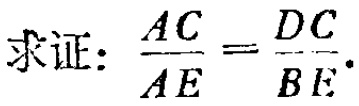
求证：\(\frac{AC}{AE}=\frac{DC}{BE}\)